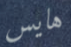
هايس